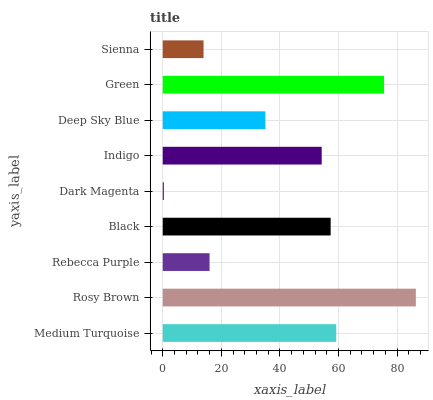
| yaxis_label | bars |
 | --- | --- |
 | Medium Turquoise | 59.2 |
 | Rosy Brown | 86.4 |
 | Rebecca Purple | 16 |
 | Black | 57.3 |
 | Dark Magenta | 0.399 |
 | Indigo | 54.3 |
 | Deep Sky Blue | 35 |
 | Green | 75.6 |
 | Sienna | 13.9 |